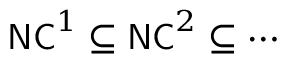
{ \mathsf { N C } } ^ { 1 } \subseteq { \mathsf { N C } } ^ { 2 } \subseteq \cdots